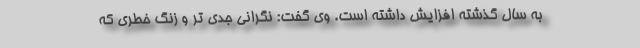
به سال گذشته افزایش داشته است. وی گفت: نگرانی جدی تر و زنگ خطری که